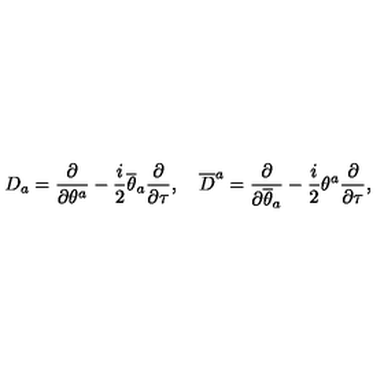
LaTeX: D _ { a } = \frac { \partial } { \partial \theta ^ { a } } - \frac { i } { 2 } \overline { { \theta } } _ { a } \frac { \partial } { \partial \tau } , \quad \overline { { D } } ^ { a } = \frac { \partial } { \partial \overline { { \theta } } _ { a } } - \frac { i } { 2 } \theta ^ { a } \frac { \partial } { \partial \tau } ,